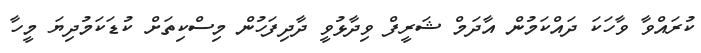
ކުރައްވާ ވާހަކަ ދައްކަމުން އާދަމް ޝަރީފް ވިދާޅުވީ ދާދިފަހުން މިސްކިތަށް ކުޑަކަމުދިޔަ މީހާ